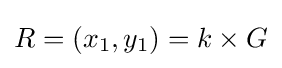
R=(x_{1},y_{1})=k\times G